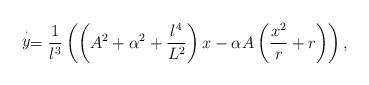
LaTeX: \begin{align*}\stackrel{\cdot}{y}=\frac{1}{l^3}\left(\left(A^2+\alpha^2+\frac{l^4}{L^2}\right)x-\alpha A\left(\frac{x^2}{r}+r\right)\right),\end{align*}